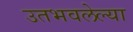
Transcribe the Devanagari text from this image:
उतभवलेल्या